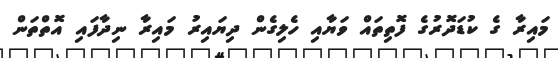
މައިރާ ގެ ކުޑަދޮރުގެ ފޮތިތައް ވަޔާއި ހެލިގެން ދިޔައިރު މައިރާ ނިދާފައި އޮތްތަން